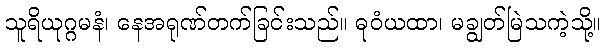
သူရိယုဂ္ဂမနံ၊ နေအရုဏ်တက်ခြင်းသည်။ ဓုဝံယထာ၊ မချွတ်မြဲသကဲ့သို့။